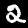
Digit: 2